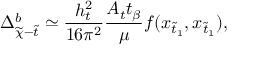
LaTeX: \Delta _ { \widetilde { \chi } - \widetilde { t } } ^ { b } \simeq \frac { h _ { t } ^ { 2 } } { 1 6 \pi ^ { 2 } } \frac { A _ { t } t _ { \beta } } { \mu } f ( x _ { \widetilde { t } _ { 1 } } , x _ { \widetilde { t } _ { 1 } } ) ,